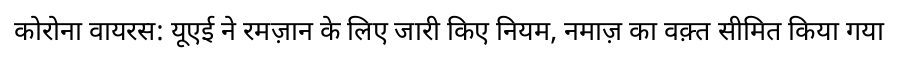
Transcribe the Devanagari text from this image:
कोरोना वायरस: यूएई ने रमज़ान के लिए जारी किए नियम, नमाज़ का वक़्त सीमित किया गया